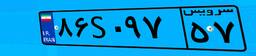
۲۱S۰۶۷۱۷